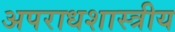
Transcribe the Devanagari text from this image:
अपराधशास्त्रीय